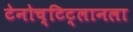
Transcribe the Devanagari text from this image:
टेनोच्टिट्लानला